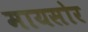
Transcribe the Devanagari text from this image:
मायसोर